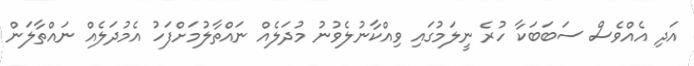
އަދި އެއްވެސް ސަބަބަކާ ހުރެ ނީލަމުގައި ވިއްކާނުލެވުނު މުދަލެއް ނައްތާލުމަށްފަހު އެމުދަލެއް ނައްތާލަން